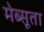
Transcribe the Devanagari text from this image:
मेब्सूता